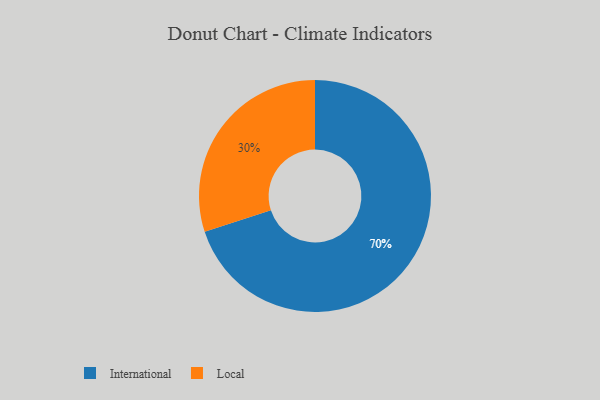
{"axis": {"x": "Category", "y": "Percentage"}, "legend": ["International", "Local"], "data": [{"x": "International", "y": 70, "type": "International"}, {"x": "Local", "y": 30, "type": "Local"}]}